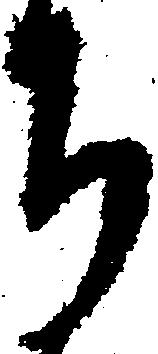
ち